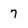
Character: 7